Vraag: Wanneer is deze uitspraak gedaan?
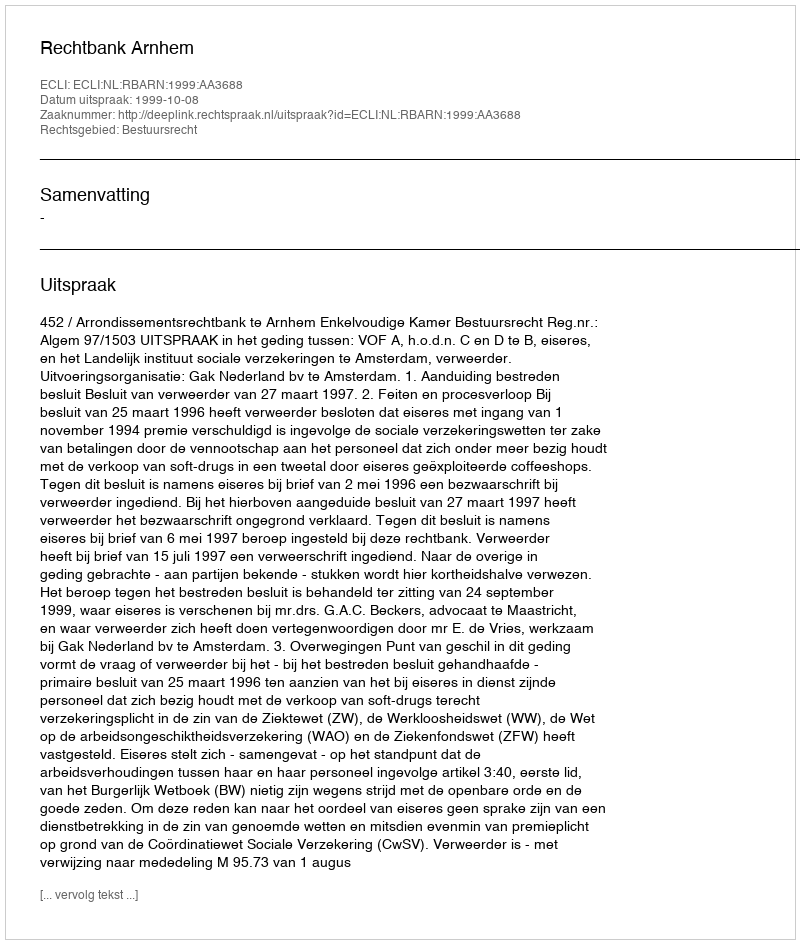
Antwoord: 1999-10-08